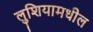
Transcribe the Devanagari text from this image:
लुशियामधील